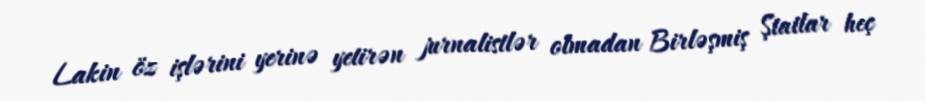
Lakin öz işlərini yerinə yetirən jurnalistlər olmadan Birləşmiş Ştatlar heç